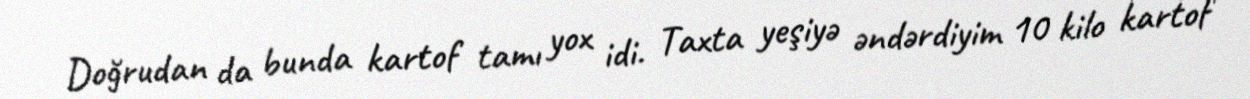
Doğrudan da bunda kartof tamı yox idi. Taxta yeşiyə əndərdiyim 10 kilo kartof